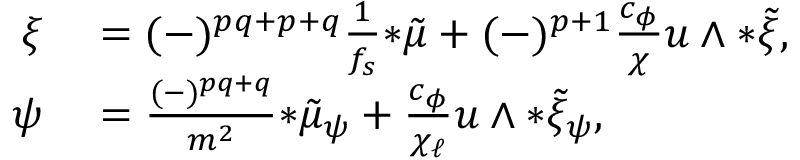
\begin{array} { r l } { \xi } & { { } = ( - ) ^ { p q + p + q } \frac { 1 } { f _ { s } } { * \tilde { \mu } } + ( - ) ^ { p + 1 } \frac { c _ { \phi } } { \chi } u \wedge { * \tilde { \xi } } , } \\ { \psi } & { { } = \frac { ( - ) ^ { p q + q } } { m ^ { 2 } } { * \tilde { \mu } _ { \psi } } + \frac { c _ { \phi } } { \chi _ { \ell } } u \wedge { * \tilde { \xi } _ { \psi } } , } \end{array}